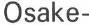
Osake-